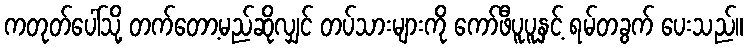
ကတုတ်ပေါ်သို့ တက်တော့မည်ဆိုလျှင် တပ်သားများကို ကော်ဖီပူပူနှင့် ရမ်တခွက် ပေးသည်။